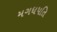
મગધપતિ